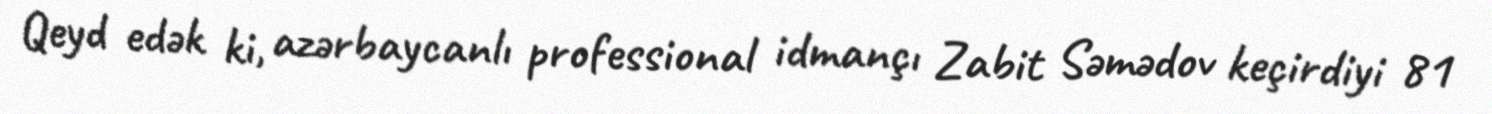
Qeyd edək ki, azərbaycanlı professional idmançı Zabit Səmədov keçirdiyi 81